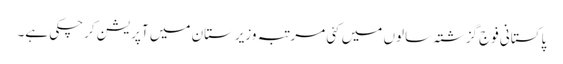
پاکستانی فوج گزشتہ سالوں میں کئی مرتبہ وزیرستان میں آپریشن کرچکی ہے۔